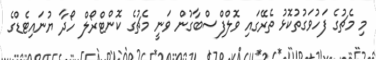
މި މެޗުގެ ފަހުވަގުތުކޮޅު ތެރޭގައި ވޮލްފްސްބާގުން ވަނީ މެޗުގެ ކޮންޓްރޯލް ހޯދާ ޔުނައިޓެޑްގެ